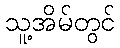
သူ့အိမ်တွင်